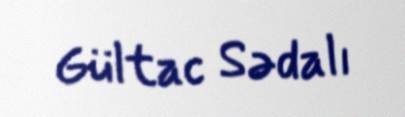
Gültac Sədalı